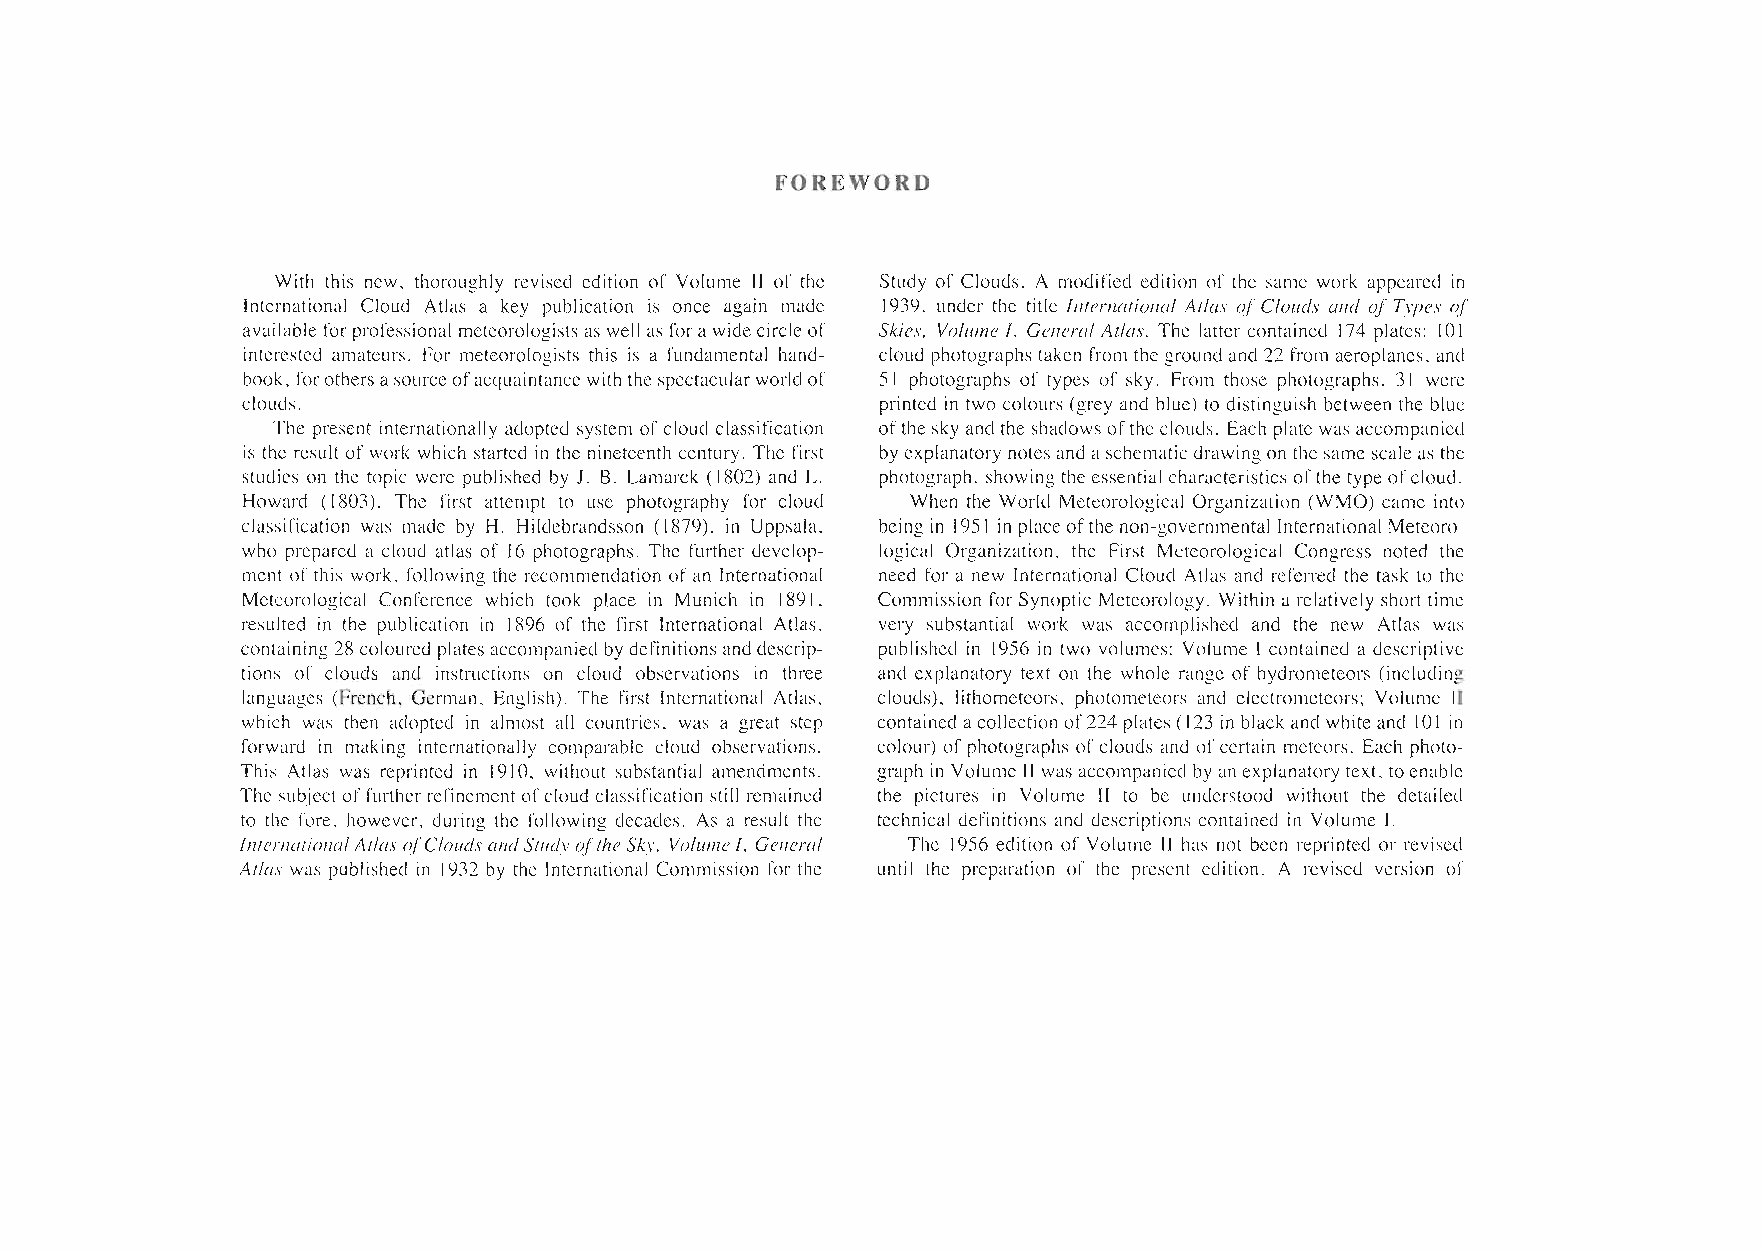
FOREWORD
 With this new, thoroughly revised edition of Volume 11 of the Study of Clouds. A modified edition of the same work appeared in
 International Cloud Atlas a key publication is once again made 1939, under the title International Atlas 0/Clouds and of Types 0./
 available for professional meteorologists as well as for awidecircleof Skies, Volume I, General Atlas. The latter contained 174 plates: IQI
 interested amateurs. For meteorologists this is a fundamental hand cloud photographstaken from the ground and 22 from aeroplanes, and
 book, forothersasourceofacquaintance with thespectacularworldof 51 photographs of types of sky. From those photographs, 31 were
 clouds.                                   printed in two colours (grey and blue) to distinguish between the blue
 The present internationally adopted system ofcloud classification ofthesky and the shadowsofthe clouds. Each plate was accompanied
 is the result of work which started in the nineteenth century. The first by explanatory notesand aschematicdrawing on thesame scaleas the
 studies on the topic were pubIished by J. B. Lamarck (1802) and L. photograph, showing the essential characteristicsofthe type ofcloud.
 Howard (1803). The first attempt to use photography for cloud When the World Meteorological Organization (WMO) came into
 classification was made by H. Hildebrandsson (1879), in Uppsala, being in 1951 in placeofthe non-governmental International Meteoro
 who prepared a cloud atlas of 16 photographs. The further develop logical Organization, the First Meteorological Congress noted the
 ment ofthis work, following the recommendation ofan International need for a new International Cloud Atlas and referred the task to the
 Meteorological Conference which took place in Munich in 1891, Commission for Synoptic Meteorology. Within a relatively short time
 resulted in the publication in 1896 of the first International Atlas, very substantial work was accomplished and the new Atlas was
 containing 28coloured plates accompanied bydefinitionsand descrip published in 1956 in two volumes: Volume Icontained a descriptive
 tions of clouds and instructions on cloud observations in three and explanatory text on the whole range of hydrometeors (including
 languages (French, German, English). The first International Atlas, clouds), lithometeors, photometeors and electrometeors; Volume 11
 which was then adopted in almost all countries, was a great step contained acollectionof224 plates (123 in black and whiteand 101 in
 forward in making internationally comparable cloud observations. colour) ofphotographs ofclouds and ofcertain meteors. Each photo
 This Atlas was reprinted in 1910, without substantial amendments. graph in Volume 11 wasaccompanied by an explanatory text, toenable
 The subjectoffurther refinementofcloud classification still remained the pictures in Volume 11 to be understood without the detailed
 to the fore, however, during the following decades. As a result the technical definitions and descriptions contained in Volume I.
 InternationalAtlaso./CloudsandStudy oftheSky, Volume I, General The 1956 edition of Volume 11 has not been reprinted or revised
 Atlas was published in 1932 by the International Commission for the until the preparation of the present edition. A revised version of